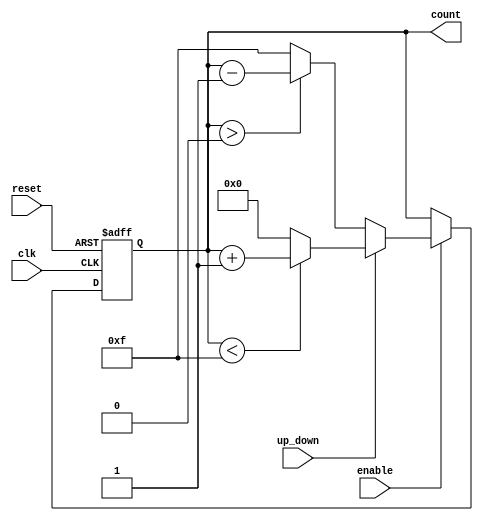
module UpDownCounter (
    input wire clk,          // Clock signal
    input wire reset,        // Asynchronous reset
    input wire up_down,      // Counting direction control (1 for up, 0 for down)
    input wire enable,       // Enable signal for counting
    output reg [3:0] count   // 4-bit count output
);

// Define the maximum count value based on the counter width (4 bits)
localparam MAX_COUNT = 4'b1111; // 15 in decimal (4-bit max value)

always @(posedge clk or posedge reset) begin
    if (reset) begin
        count <= 4'b0000; // Reset count to zero when reset is high
    end else if (enable) begin
        if (up_down) begin
            // Count Up
            if (count < MAX_COUNT) begin
                count <= count + 1; // Increment count
            end else begin
                count <= 4'b0000; // Wrap around to 0 on overflow
            end
        end else begin
            // Count Down
            if (count > 0) begin
                count <= count - 1; // Decrement count
            end else begin
                count <= MAX_COUNT; // Wrap around to max value on underflow
            end
        end
    end
    // If enable is low, the count will retain its current value
end

endmodule